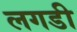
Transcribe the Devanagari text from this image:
लगडी